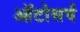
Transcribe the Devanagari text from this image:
ऑटोसर्व